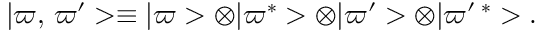
\vert \varpi , \, \varpi ^ { \prime } > \equiv \vert \varpi > \otimes \vert \varpi ^ { * } > \otimes \vert \varpi ^ { \prime } > \otimes \vert \varpi ^ { \prime } \, ^ { * } > .